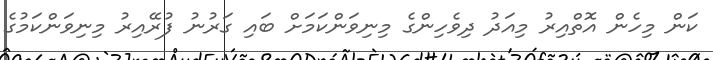
ކަން މިހެން އޮތްއިރު މިއަދު ދިވެހިންގެ މިނިވަންކަމަށް ބައި ގަރުނު ފުރޭއިރު މިނިވަންކަމުގެ